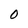
Character: 0